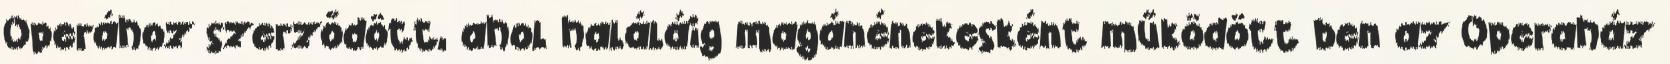
Operához szerződött, ahol haláláig magánénekesként működött ben az Operaház